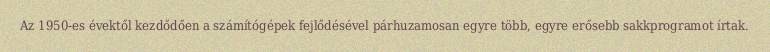
Az 1950-es évektől kezdődően a számítógépek fejlődésével párhuzamosan egyre több, egyre erősebb sakkprogramot írtak.